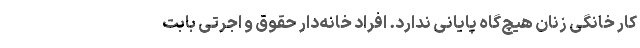
کار خانگی زنان هیچ‌گاه پایانی ندارد. افراد خانه‌دار حقوق و اجرتی بابت